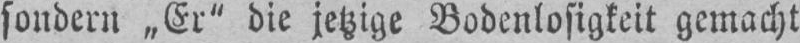
sondern „Er“ die jetzige Bodenlosigkeit gemacht